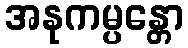
အနုကမ္ပန္တော